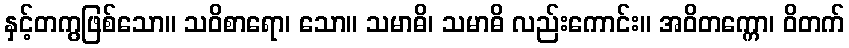
နှင့်တကွဖြစ်သော။ သဝိစာရော၊ သော။ သမာဓိ၊ သမာဓိ လည်းကောင်း။ အဝိတက္ကော၊ ဝိတက်